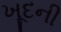
ખૂદની